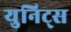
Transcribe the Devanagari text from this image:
युनिट्स